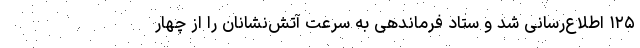
۱۲۵ اطلاع‌رسانی شد و ستاد فرماندهی به سرعت آتش‌نشانان را از چهار